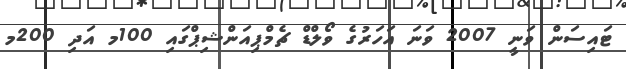
ޓައިސަން ވަނީ 2007 ވަނަ އަހަރުގެ ވޯލްޑް ޗެމްޕިއަންޝިޕްގައި 100މ އަދި 200މ